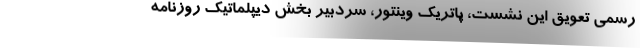
رسمی تعویق این نشست، پاتریک وینتور، سردبیر بخش دیپلماتیک روزنامه